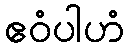
ဧဝံပါဟံ